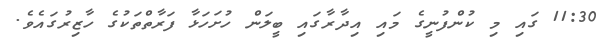
11:30 ގައި މި ކުންފުނީގެ މައި އިދާރާގައި ބީލަން ހުށަހަޅާ ފަރާތްތަކުގެ ހާޒިރުގައެވެ.